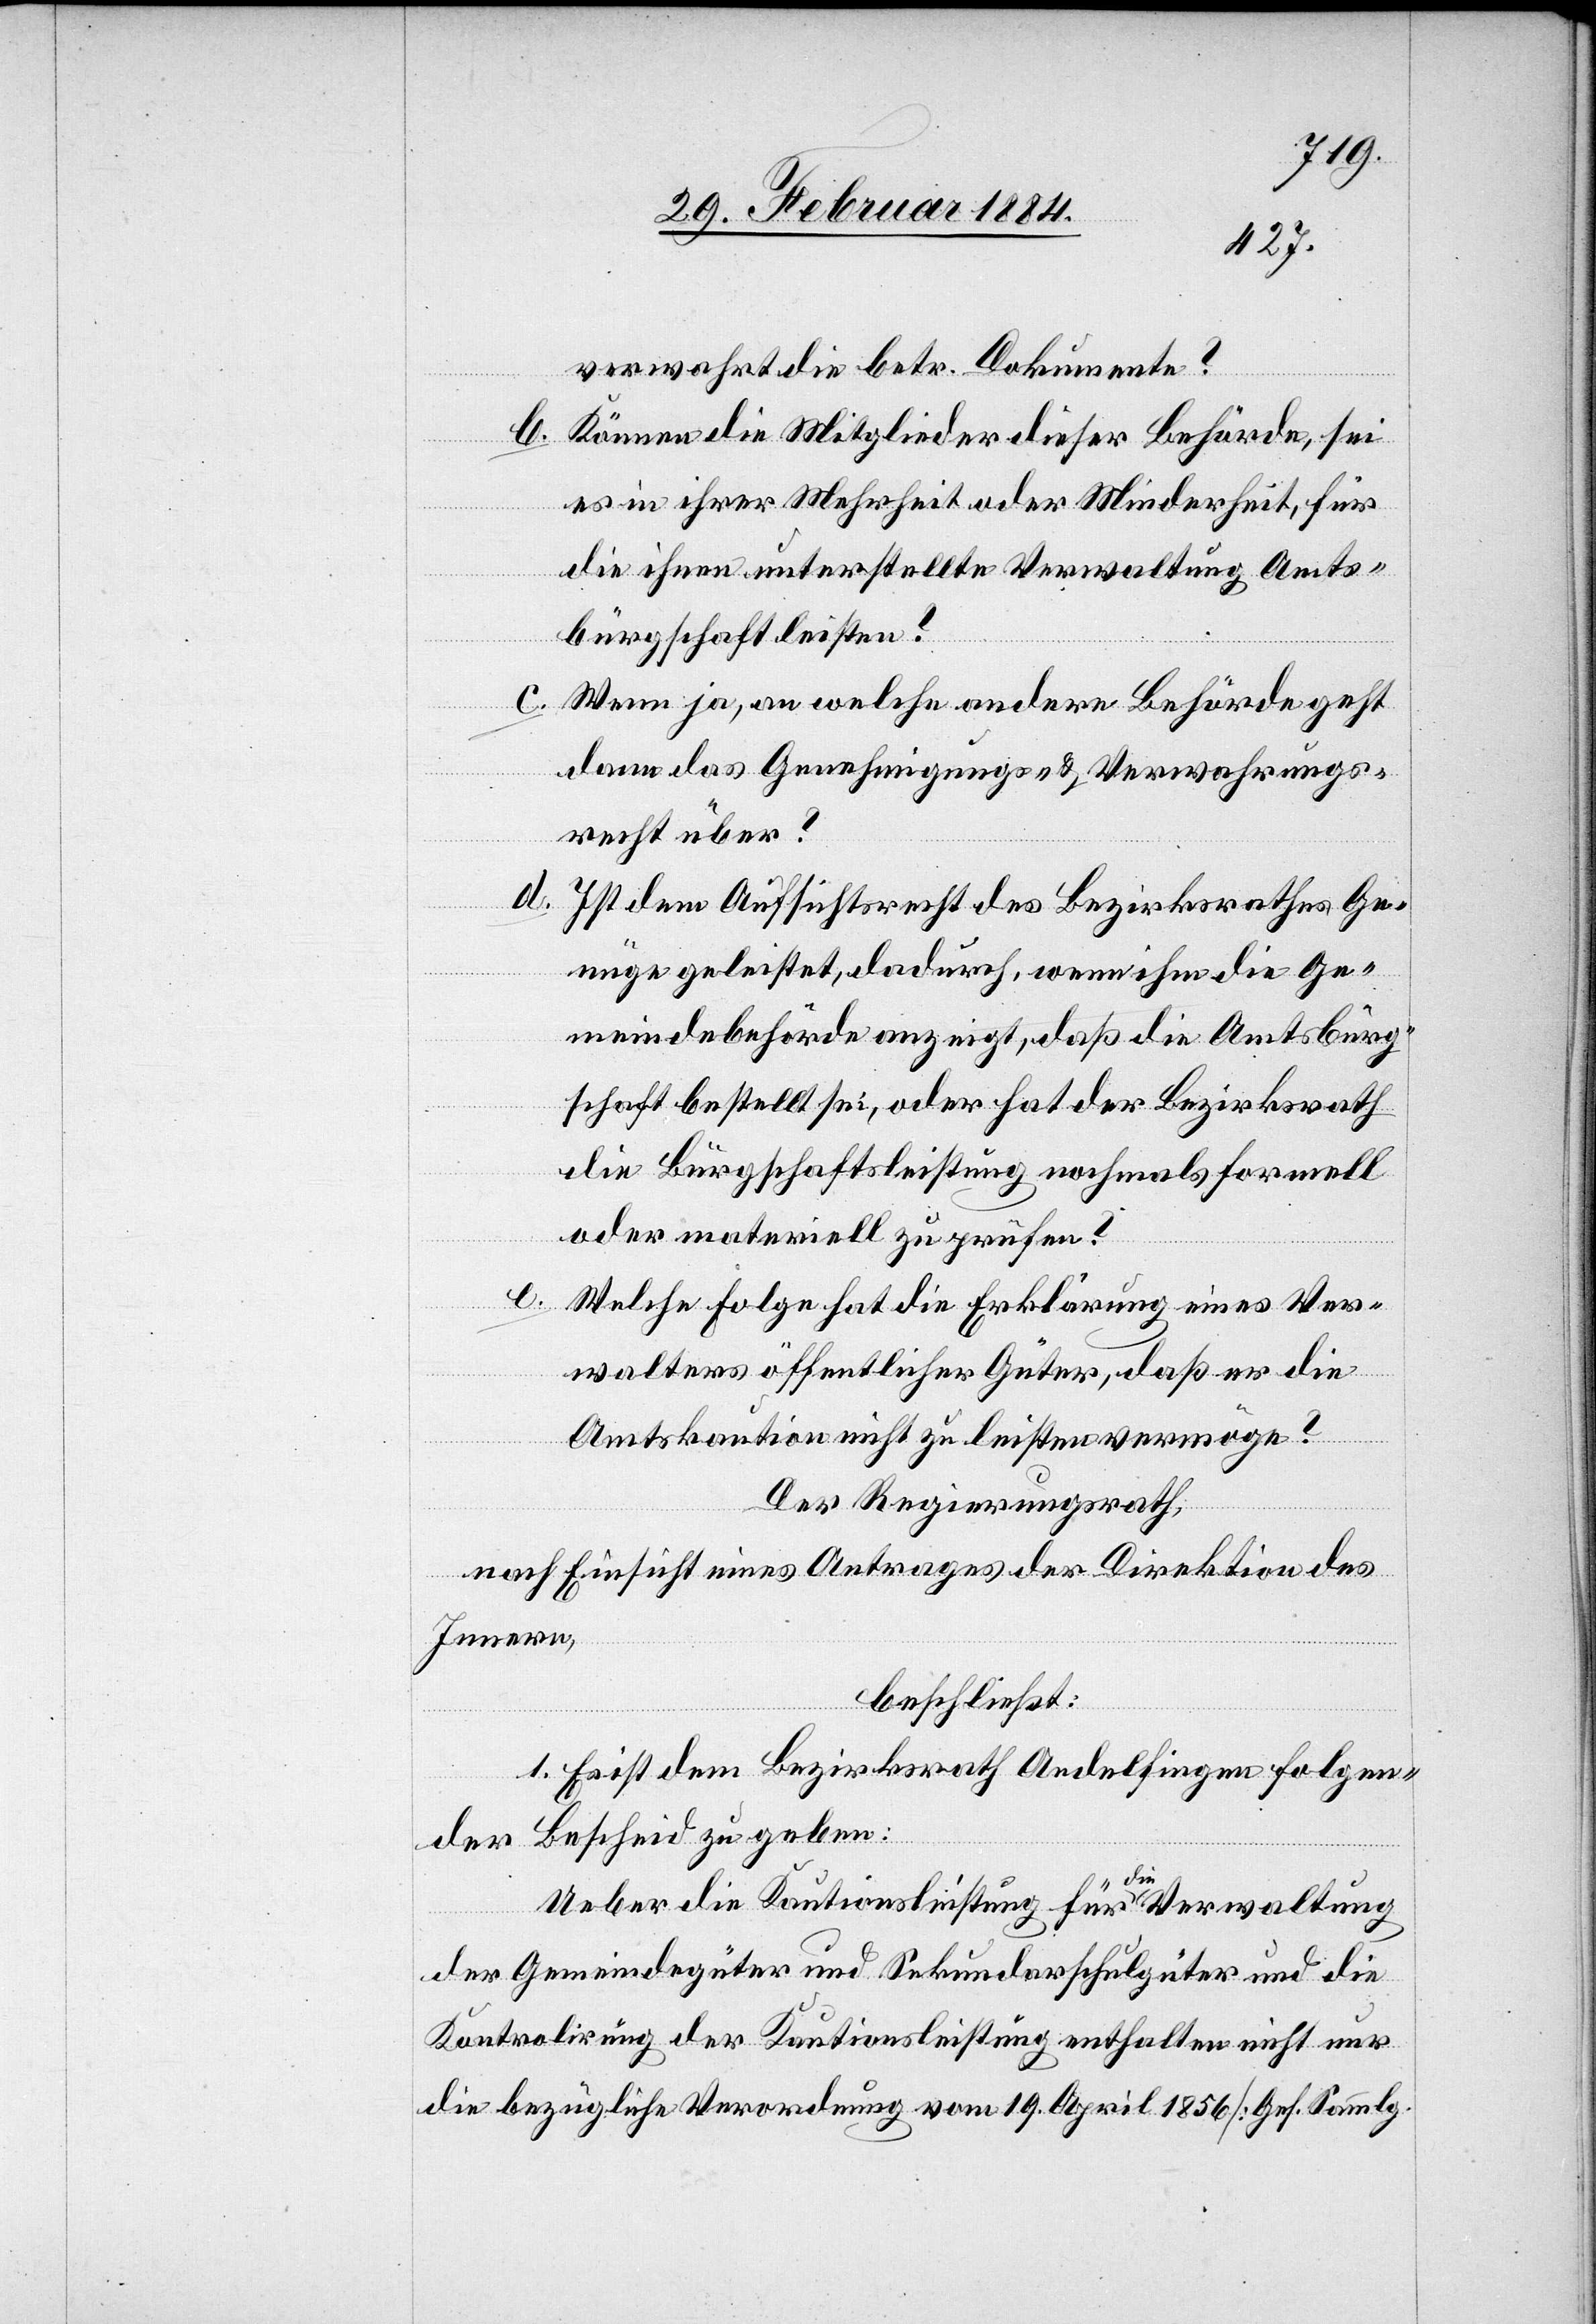
verwahrt die betr. Dokumente?
b. Können die Mitglieder dieser Behörde, sei
es in ihrer Mehrheit oder Minderheit, für
die ihnen unterstellte Verwaltung Amts¬
bürgschaft leisten?
c. Wenn ja, an welche andern Behörden geht
dann das Genehmigungs- & Verwahrungs¬
recht über?
d.
Ist dem Aufsichtsrecht des Bezirksrathes Ge¬
nüge geleistet, dadurch, wenn ihm die Ge¬
meindebehörde anzeigt, daß die Amtsbürg¬
schaft bestellt sei, oder hat der Bezirksrath
die Bürgschaftsleistung nochmals formell
oder materiell zu prüfen?
e.
Welche Folge hat die Erklärung eines Ver¬
walters öffentlicher Güter, daß er die
Amtskaution nicht zu leisten vermöge?
Der Regierungsrath,
nach Einsicht eines Antrages der Direktion des
Innern,
beschließt:
1. Es ist dem Bezirksrath Andelfingen folgen¬
der Bescheid zu geben:
Ueber die Kautionsleistung für die Verwaltung
der Gemeindegüter und Sekundarschulgüter und die
Kontrolirung der Kautionsleistung enthalten nicht nur
die bezügliche Verordnung vom 19. April 1856 [Ges. Samlg.